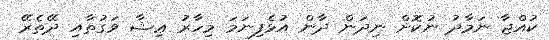
ކުއްޖާ ނަމާދު ނުކޮށް ނިދަން ދާން އުޅެފިނަމަ މިހާރު ޢިޝާ ވަގުތާއި ދޭތެރޭ